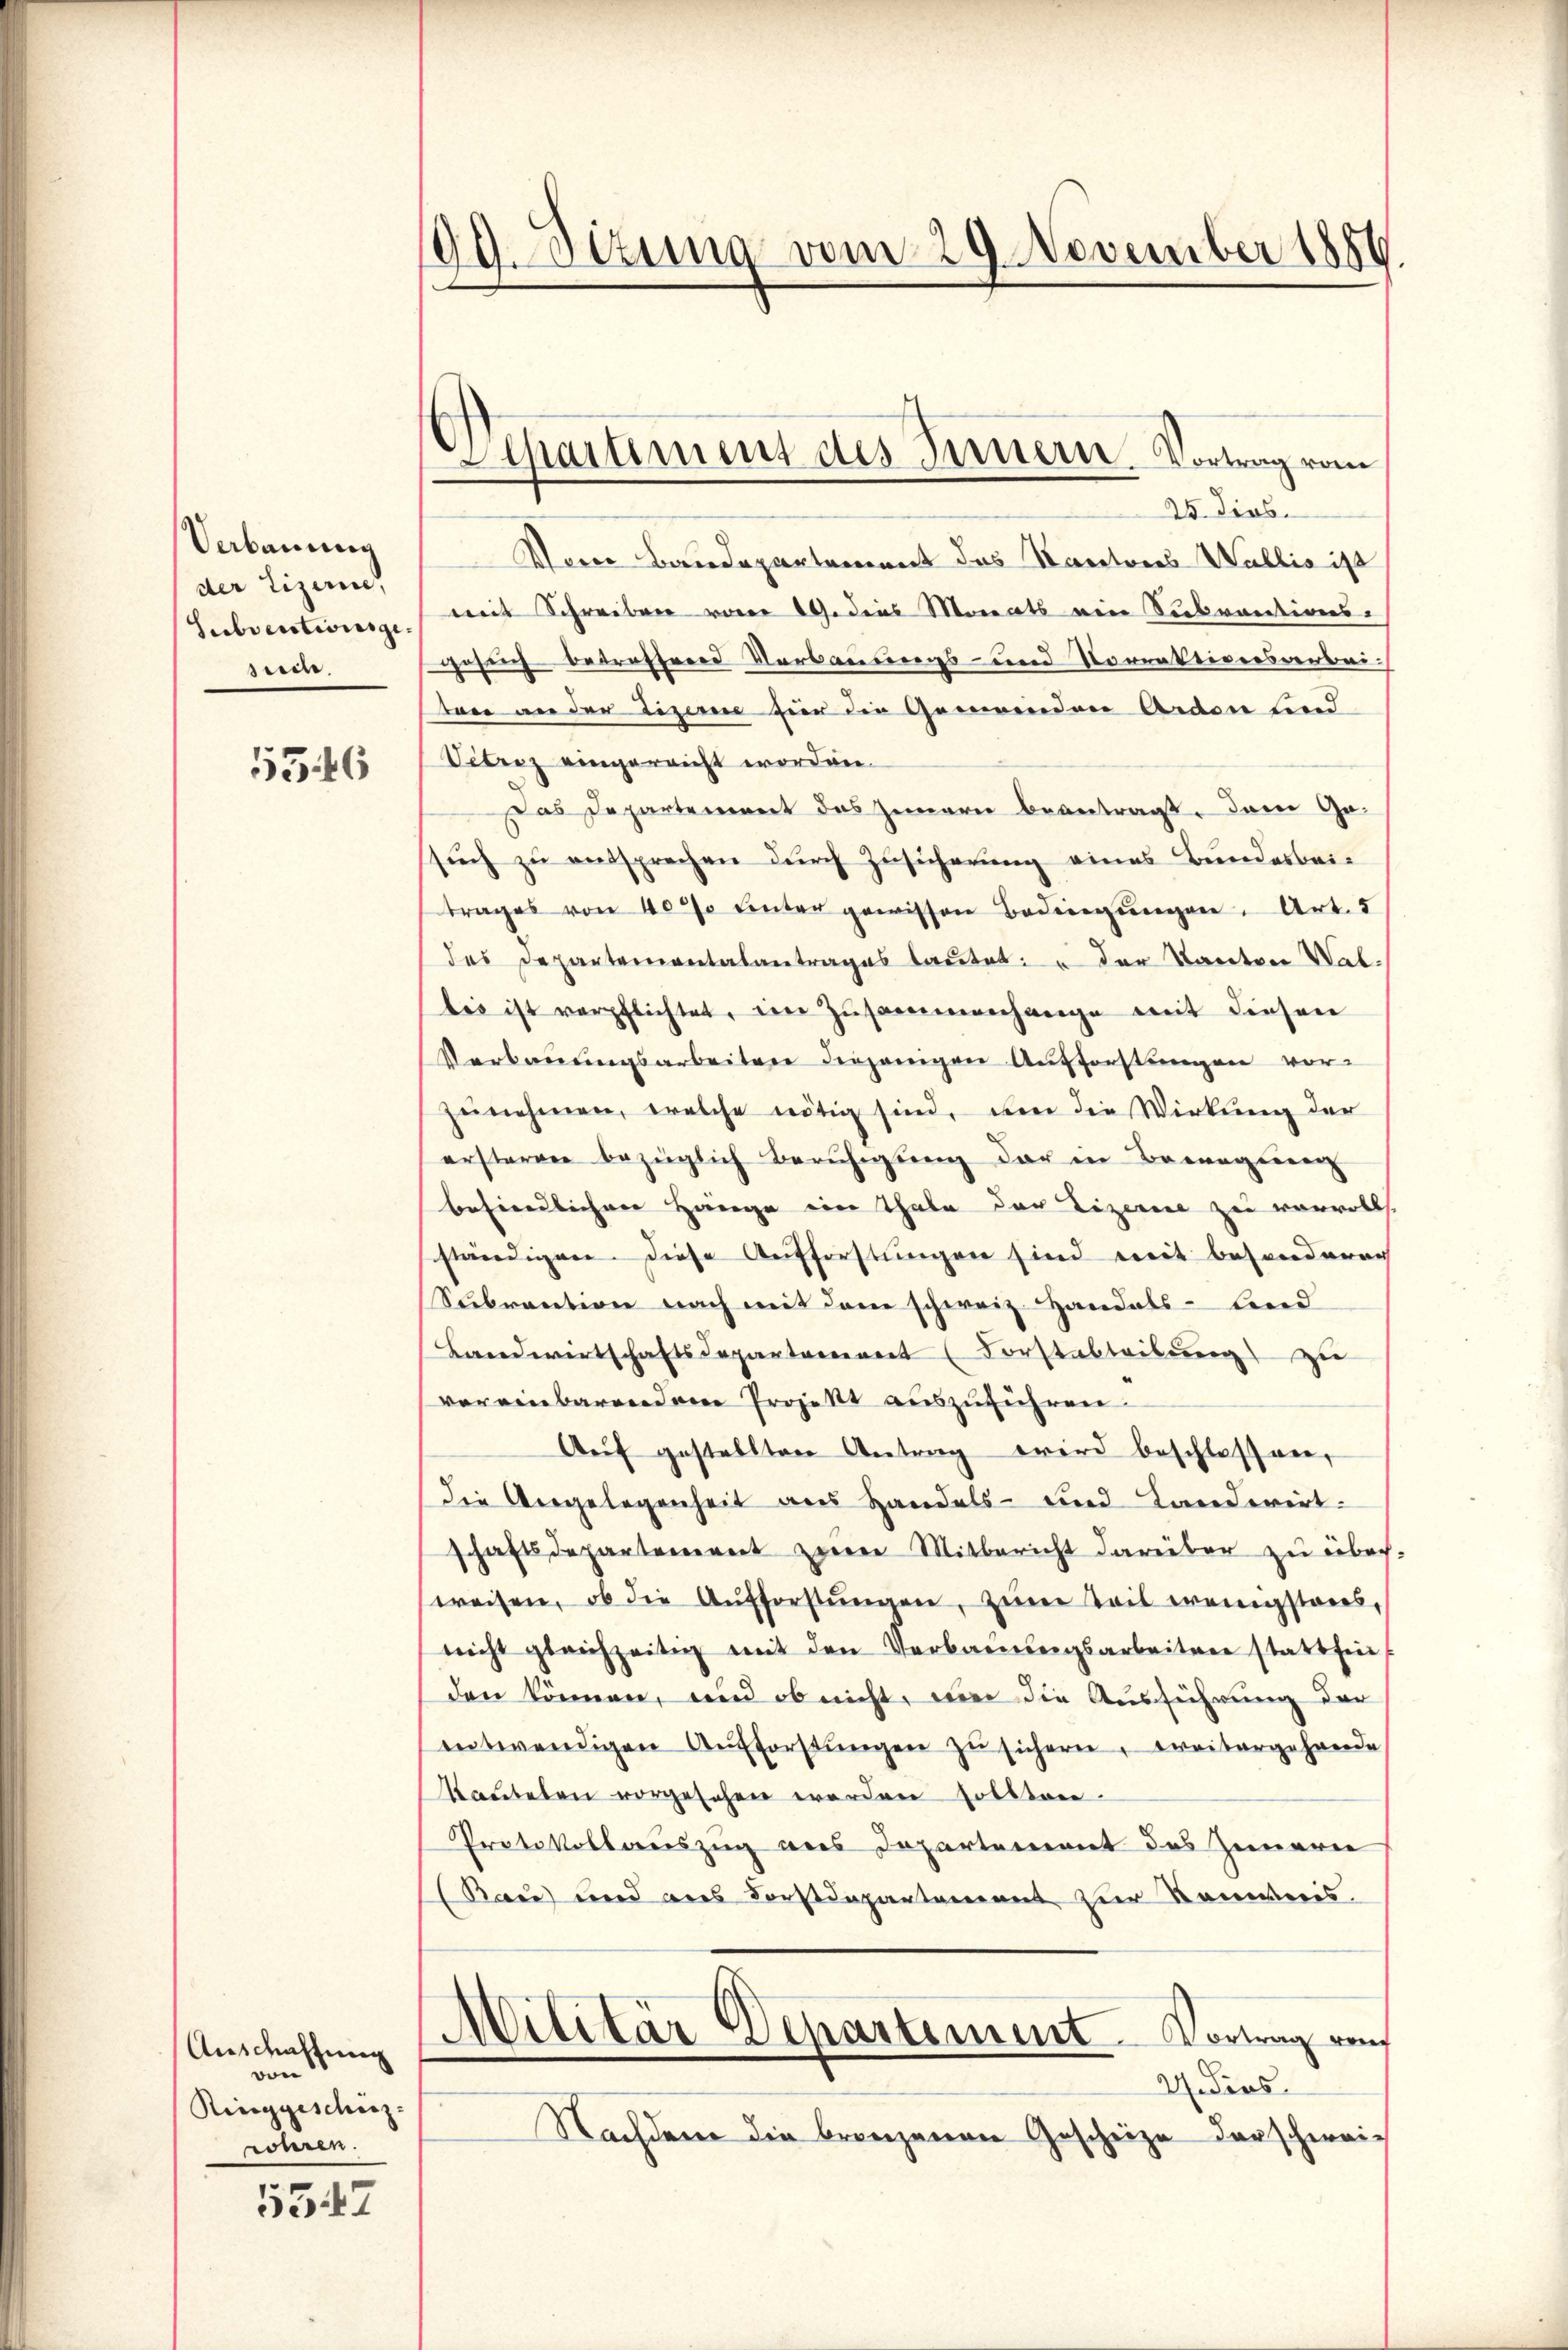
Verbauung
der Lizerine,
Subventionsge
suche.

5346

Auschaffung
von
Ringgeschäz-
röhren.

5542

09. Dezung vom 29. November 1880

Separtement des Innern. Vortrag vom

25. Dies
Von Baudepartement das Kantores Wallis ist
mit Schreiben vom 19. dies Monats ein Subventions-
gesetz betreffend Verbauungs- und Korrektionsarbeiten an der Lizemie für die Gemeinden Ardon und
Vitriz eingereicht worden.
Das Departement das Zimmern beantragt. Dann Ge-
sŭch zu entsprechen durch Zusicherung eines Bundesbeitrages von 40% unter gewissen Bedingŭngen. Art. 5
des Departementalantrages lautet: der Kanton Walbes ist verpflichtet, eine Zusammenhange mit diesen
Verbaŭŭngsarbeiten diejenigen Aufforstungen vor-
zŭnehmen, welche nötig sind, um die Wirkung der
ersterren bezüglich Beruhigung der in Bewogenen
befindlichere Hange eine Thale der Lizerne zu vervolls.
ständigen. Diese Aufforstungen sind mit besonderen
Subvention nach mit dem schweiz. Handals bied
Landwirtschaftsdepartarieret (Forstabteilung zu
vereinbarenden Projekt auszuführen.
Auf gestellten Antrag wird beschlossner,
die Angelegenheit aus Handels- und Landwirt-
schaftsdepartement zum Mitbericht darüber zu über.
weisen, ob die Aŭfforstŭngen, zum Teil wenigsteres,
nicht gleichzeitig mit den Verbaŭŭngsarbeiten stattfin
den können, und ob nicht, um die Ausführung der
entwendigen Aufforstŭngen zŭ sichern, weitergehrende
Kauteten vorgesehen werden sollten.
Protokollauszug aus Departement des Zimmern
Rau und als Forstdepartement zur Konweis.
Militär Departement Vortrag von
2. dies
Nachdem die branzenen Gescheize derschwei¬